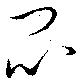
悶